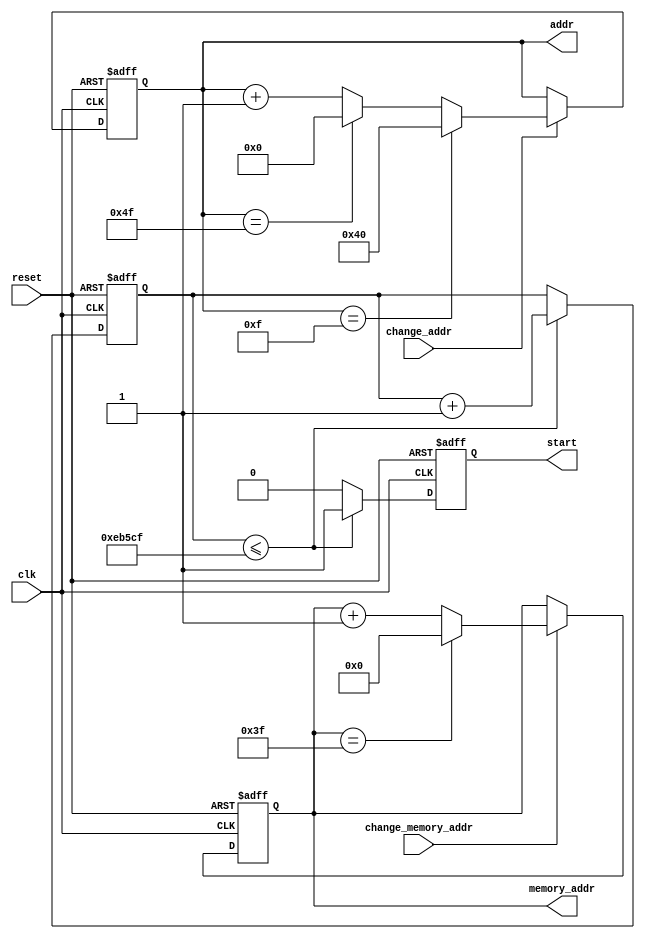
`timescale 1ns / 1ps
//////////////////////////////////////////////////////////////////////////////////
// Company: 
// 
// Design Name: 
// Module Name:    CONTROLLER 
// Project Name: 
// Target Devices: 
// Tool versions: 
// Description: 
//
// Dependencies: 
//
// Revision: 
// Revision 0.01 - File Created
// Additional Comments: 
//
//////////////////////////////////////////////////////////////////////////////////
module CONTROLLER(clk, reset, change_addr, change_memory_addr, start, addr, memory_addr);
	input clk, reset, change_addr, change_memory_addr;
	output reg start;
	output reg [6:0] addr;
	output reg [10:0] memory_addr;
	
	reg [19:0] counter;

	always@(posedge clk or posedge reset)//control which fsm run
	begin
		if (reset)
		begin
			counter = 20'd0;
			start = 1'b1;
		end
		else
		begin
			if(counter <= 20'd964047)//if counter <= 964047, initial fsm run so start = 1
			begin
				counter = counter + 1;
				start = 1'b1;
			end
			else//else (initial fsm finish) start = 0 in order to run configuration run
				start = 1'b0;
		end
	end
	
	always@(posedge clk or posedge reset)//control screen address and memory address
	begin
		if(reset)
		begin
			addr = 7'd0;
			memory_addr = 11'd0;
		end
		else
		begin
			if(change_addr)//if change addr = 1, the state finish so go to next screen address
			begin
				if(addr == 7'd15)//if addr = 15, addr =64 in order to change line
					addr = 7'd64;
				else if (addr == 7'd79)//if addr = 79, addr = 0 in order to return to start
					addr = 7'd0;
				else
					addr = addr + 1;//go to next addr
			end
						
			if(change_memory_addr)//if change addr = 1, the state finish so go to next memory address
			begin
				if(memory_addr ==11'd63)//when memory addr = 63 return to start. 63 = 32 messege character + 32 refresh character.
					memory_addr = 11'd0;
				else
					memory_addr = memory_addr + 1;	
			end
		end
	end

endmodule